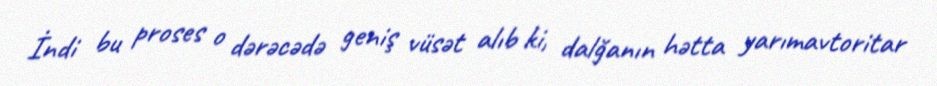
İndi bu proses o dərəcədə geniş vüsət alıb ki, dalğanın hətta yarımavtoritar